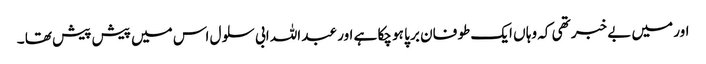
اور میں بے خبر تھی کہ وہا ں ایک طو فان بر پا ہو چکا ہے اور عبد اللہ ابی سلو ل اس میں پیش پیش تھا ۔